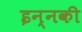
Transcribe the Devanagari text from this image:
इन्नकी